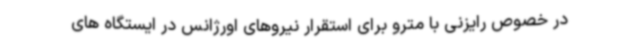
در خصوص رایزنی با مترو برای استقرار نیروهای اورژانس در ایستگاه های